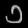
Digit: ၁